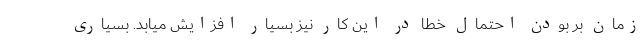
زمان بر بودن احتمال خطا در این کار نیز بسیار افزایش میابد. بسیاری